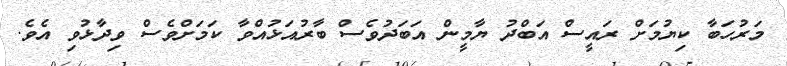
މަރުހަބާ ކިޔުމަށް ރައީސް އަބްދު ޔާމީން އަބަދުވެސް ބާރުއަޅުއްވާ ކަމަށްވެސް ވިދާޅުވި އެވެ.